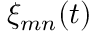
\xi _ { m n } ( t )